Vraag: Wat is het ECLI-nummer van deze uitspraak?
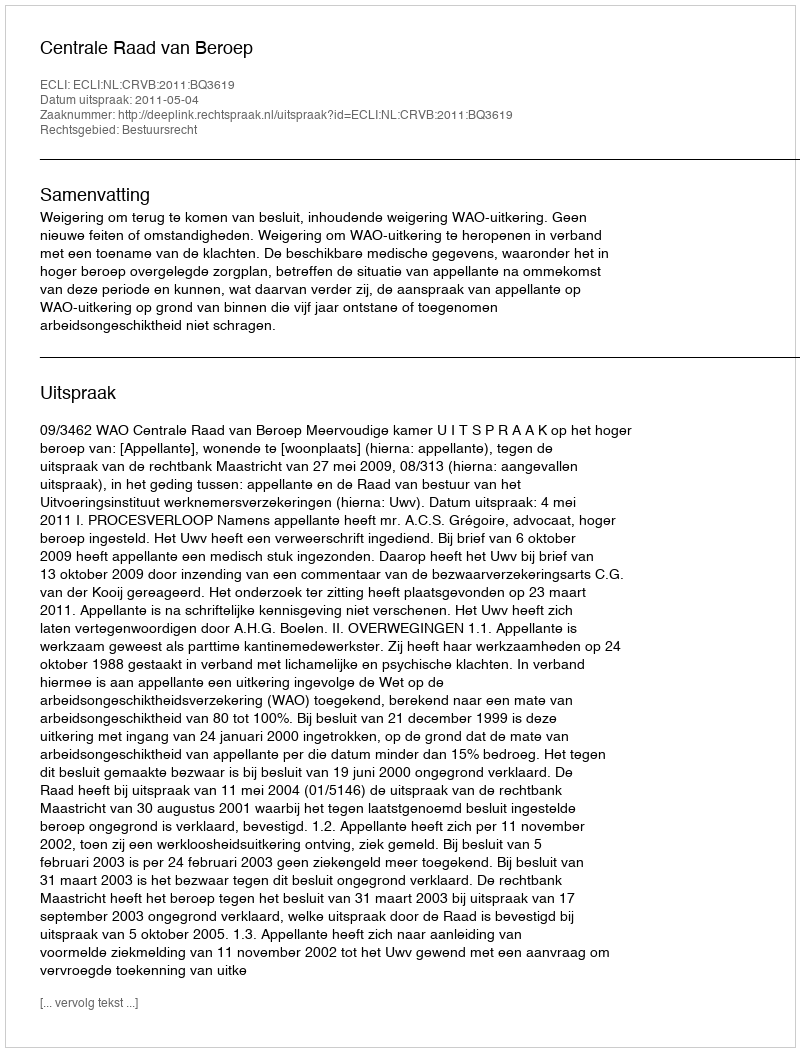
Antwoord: ECLI:NL:CRVB:2011:BQ3619